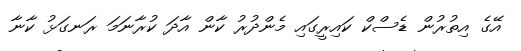
އޭގެ އިތުރުން ޑެސްކް ކައިރީގައި މެންދުރު ކާން އާދަ ކުރާނަމަ ރަނގަޅު ކާނާ